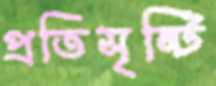
প্রতিসৃষ্টি